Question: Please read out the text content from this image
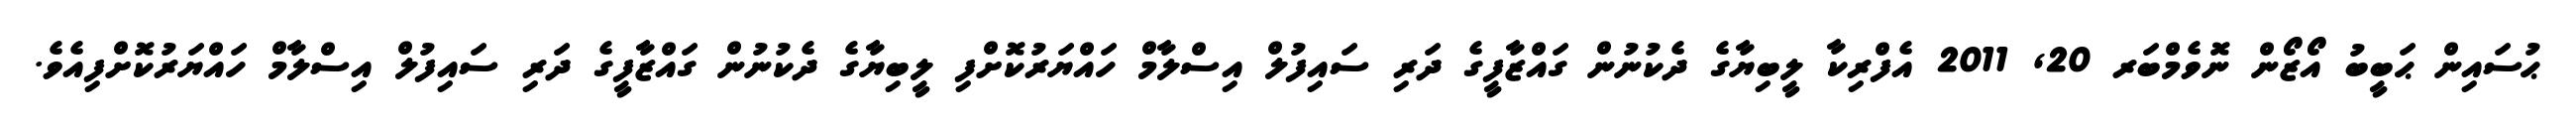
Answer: ޙުސައިން ޙަބީބު އޯޒޯން ނޮވެމްބަރ 20, 2011 އެފްރިކާ ލީބިޔާގެ ދެކުނުން ގައްޒާފީގެ ދަރި ސައިފުލް އިސްލާމް ހައްޔަރުކޮށްފި ލީބިޔާގެ ދެކުނުން ގައްޒާފީގެ ދަރި ސައިފުލް އިސްލާމް ހައްޔަރުކޮށްފިއެވެ.